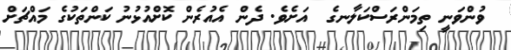
ވުންވަނީ ތިމަންރަސްކަލާނގެ  އަށެވެ. ދެން އެއުރެން ކޮށްއުޅުނު ކަންތަކުގެ މައްޗަށް